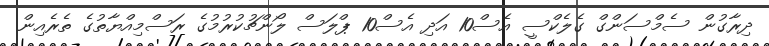
ދިރާގުން ސެމްސަންގް ގެލެކްސީ އެސް10 އަދި އެސް10 ޕްލަސް ލޯންޗުކުރުމުގެ ރަސްމިއްޔާތުގެ ތެރެއިން